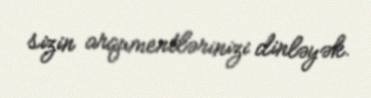
sizin arqumentlərinizi dinləyək.